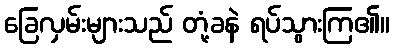
ခြေလှမ်းများသည် တုံ့ခနဲ ရပ်သွားကြ၏။